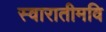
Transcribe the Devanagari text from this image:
स्वारातीमवि